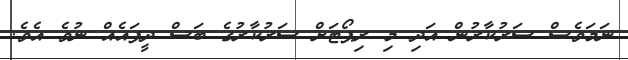
ނަމަވެސް ސަރުކާރުން އަދި މި ރިޕޯޓަށް ސަރުކާރުގެ ބަސް ދީފައެއް ނުވެ އެވެ.